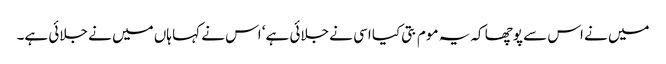
میں نے اس سے پوچھا کہ یہ موم بتی کیا اسی نے جلائی ہے‘ اس نے کہا ہاں میں نے جلائی ہے۔